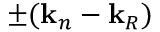
\pm ( \mathbf { k } _ { n } - \mathbf { k } _ { R } )